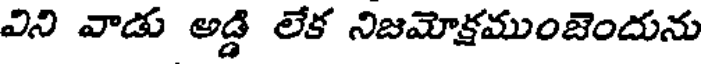
విని వాడు అడ్డి లేక నిజమోక్షముంజెందును